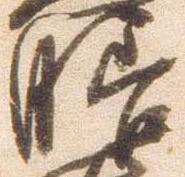
膳